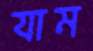
যাম